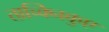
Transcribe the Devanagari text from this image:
ताच्क्निकुए